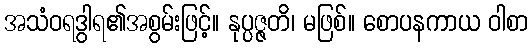
အသံဝရဒွါရ၏အစွမ်းဖြင့်။ နုပ္ပဇ္ဇတိ၊ မဖြစ်။ စောပနကာယ ဝါစာ